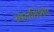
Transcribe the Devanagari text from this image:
स्थलविशेष